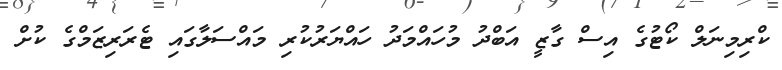
ކްރިމިނަލް ކޯޓުގެ އިސް ގާޒީ އަބްދު މުހައްމަދު ހައްޔަރުކުރި މައްސަލާގައި ޓެރަރިޒަމްގެ ކުށް